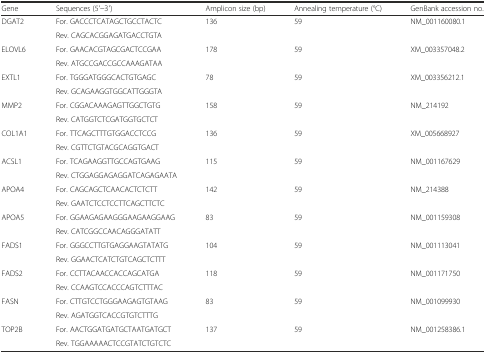
<table><thead><tr><td><b>Gene</b></td><td><b>Sequences (5′–3′)</b></td><td><b>Amplicon size (bp)</b></td><td><b>Annealing temperature (°C)</b></td><td><b>GenBank accession no.</b></td></tr></thead><tbody><tr><td rowspan="2">DGAT2</td><td>For. GACCCTCATAGCTGCCTACTC</td><td rowspan="2">136</td><td rowspan="2">59</td><td rowspan="2">NM_001160080.1</td></tr><tr><td>Rev. CAGCACGGAGATGACCTGTA</td></tr><tr><td rowspan="2">ELOVL6</td><td>For. GAACACGTAGCGACTCCGAA</td><td rowspan="2">178</td><td rowspan="2">59</td><td rowspan="2">XM_003357048.2</td></tr><tr><td>Rev. ATGCCGACCGCCAAAGATAA</td></tr><tr><td rowspan="2">EXTL1</td><td>For. TGGGATGGGCACTGTGAGC</td><td rowspan="2">78</td><td rowspan="2">59</td><td rowspan="2">XM_003356212.1</td></tr><tr><td>Rev. GCAGAAGGTGGCATTGGGTA</td></tr><tr><td rowspan="2">MMP2</td><td>For. CGGACAAAGAGTTGGCTGTG</td><td rowspan="2">158</td><td rowspan="2">59</td><td rowspan="2">NM_214192</td></tr><tr><td>Rev. CATGGTCTCGATGGTGCTCT</td></tr><tr><td rowspan="2">COL1A1</td><td>For. TTCAGCTTTGTGGACCTCCG</td><td rowspan="2">136</td><td rowspan="2">59</td><td rowspan="2">XM_005668927</td></tr><tr><td>Rev. CGTTCTGTACGCAGGTGACT</td></tr><tr><td rowspan="2">ACSL1</td><td>For. TCAGAAGGTTGCCAGTGAAG</td><td rowspan="2">115</td><td rowspan="2">59</td><td rowspan="2">NM_001167629</td></tr><tr><td>Rev. CTGGAGGAGAGGATCAGAGAATA</td></tr><tr><td rowspan="2">APOA4</td><td>For. CAGCAGCTCAACACTCTCTT</td><td rowspan="2">142</td><td rowspan="2">59</td><td rowspan="2">NM_214388</td></tr><tr><td>Rev. GAATCTCCTCCTTCAGCTTCTC</td></tr><tr><td rowspan="2">APOA5</td><td>For. GGAAGAGAAGGGAAGAAGGAAG</td><td rowspan="2">83</td><td rowspan="2">59</td><td rowspan="2">NM_001159308</td></tr><tr><td>Rev. CATCGGCCAACAGGGATATT</td></tr><tr><td rowspan="2">FADS1</td><td>For. GGGCCTTGTGAGGAAGTATATG</td><td rowspan="2">104</td><td rowspan="2">59</td><td rowspan="2">NM_001113041</td></tr><tr><td>Rev. GGAACTCATCTGTCAGCTCTTT</td></tr><tr><td rowspan="2">FADS2</td><td>For. CCTTACAACCACCAGCATGA</td><td rowspan="2">118</td><td rowspan="2">59</td><td rowspan="2">NM_001171750</td></tr><tr><td>Rev. CCAAGTCCACCCAGTCTTTAC</td></tr><tr><td rowspan="2">FASN</td><td>For. CTTGTCCTGGGAAGAGTGTAAG</td><td rowspan="2">83</td><td rowspan="2">59</td><td rowspan="2">NM_001099930</td></tr><tr><td>Rev. AGATGGTCACCGTGTCTTTG</td></tr><tr><td rowspan="2">TOP2B</td><td>For. AACTGGATGATGCTAATGATGCT</td><td rowspan="2">137</td><td rowspan="2">59</td><td rowspan="2">NM_001258386.1</td></tr><tr><td>Rev. TGGAAAAACTCCGTATCTGTCTC</td></tr></tbody></table>